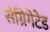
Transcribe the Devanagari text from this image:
सेग्रिगेटेड